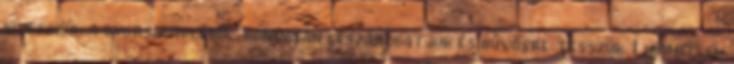
kivesszük a gyorsalapléből, gondosan leszárogatjuk és hűvösre tesszük. Libamellek